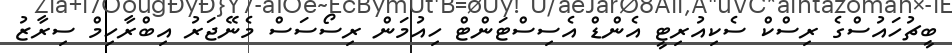
ބީޗުހައުސްގެ ރިސްކް ސެކިއުރިޓީ އެންޑް އެސިސްޓަންޓް ހިއުމަން ރިސޯސަސް މެނޭޖަރު އިބްރާހިމް ސިރާޒު